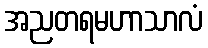
အညတရမဟာသာလံ